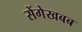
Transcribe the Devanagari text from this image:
सेंगेखबब